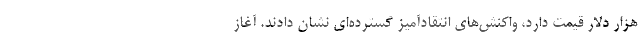
هزار دلار قیمت دارد، واکنش‌های انتقادآمیز گسترده‌ای نشان دادند. آغاز